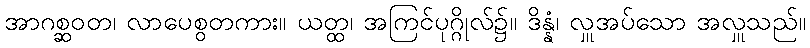
အာဂစ္ဆဝတ၊ လာပေစွတကား။ ယတ္ထ၊ အကြင်ပုဂ္ဂိုလ်၌။ ဒိန္နံ၊ လှူအပ်သော အလှူသည်။